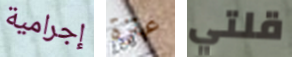
إجرامية عنزة قلتي